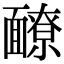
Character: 䩍